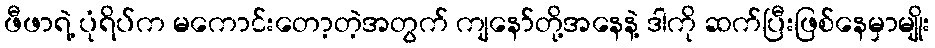
ဖီဖာရဲ့ ပုံရိပ်က မကောင်းတော့တဲ့အတွက် ကျနော်တို့အနေနဲ့ ဒါကို ဆက်ပြီးဖြစ်နေမှာမျိုး